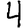
Digit: 4